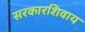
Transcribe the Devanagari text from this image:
सरकारशिवाय